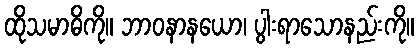
ထိုသမာဓိကို။ ဘာဝနာနယော၊ ပွါးရာသောနည်းကို။